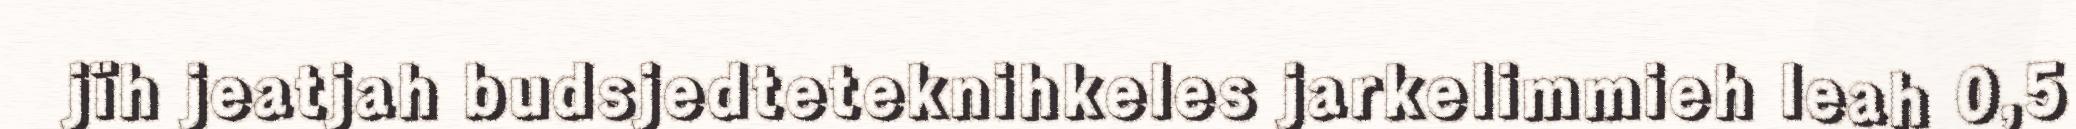
jïh jeatjah budsjedteteknihkeles jarkelimmieh leah 0,5